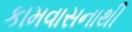
કામવાસનાથી